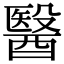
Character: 醫